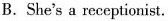
B.She's a receptionist.